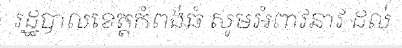
រដ្ឋបាលខេត្តកំពង់ធំ សូមអំពាវនាវ ដល់